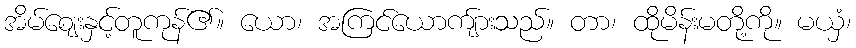
အိမ်ဈေးနှင့်တူကုန်၏။ ယော၊ အကြင်ယောကျ်ားသည်။ တာ၊ ထိုမိန်းမတို့ကို။ မယှံ၊